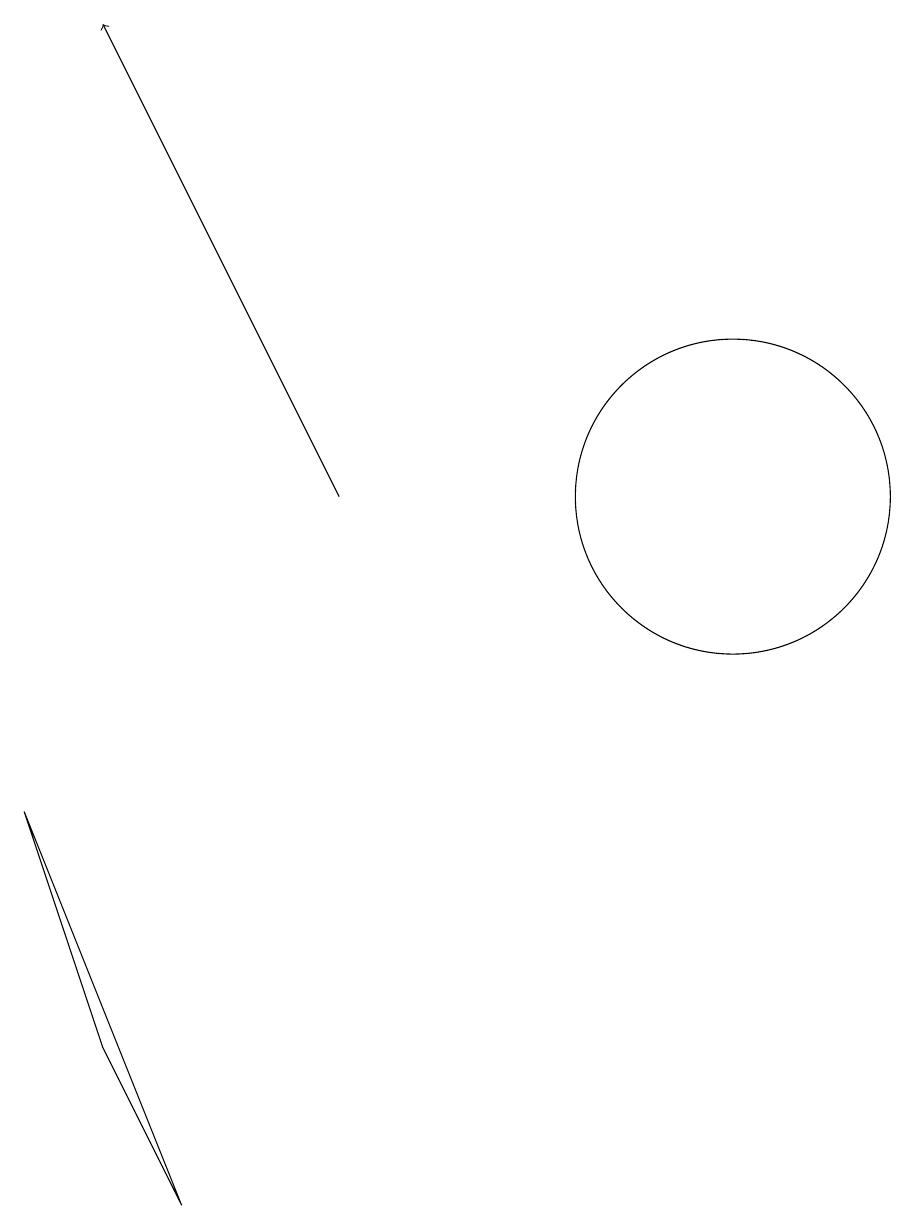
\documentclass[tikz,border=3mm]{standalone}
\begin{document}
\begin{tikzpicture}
\draw (1,7) -- (2,4) -- (3,2) -- cycle;
\draw[->] (5,11) -- (2,17);
\draw (10,11) circle (2);
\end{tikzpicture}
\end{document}